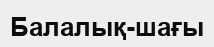
Балалық-шағы